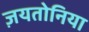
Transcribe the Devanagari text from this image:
ज़यतोनिया